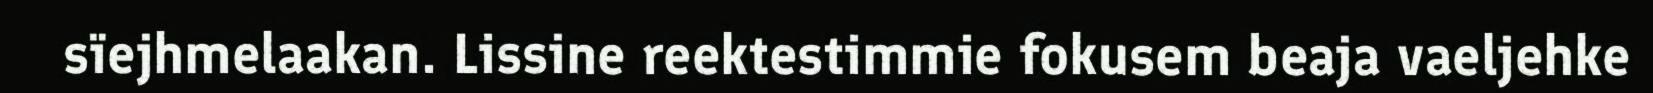
sïejhmelaakan. Lissine reektestimmie fokusem beaja vaeljehke